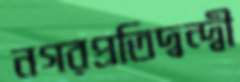
নগরপ্রতিদ্বন্দ্বী